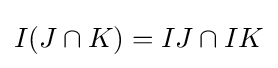
I(J\cap K)=IJ\cap IK